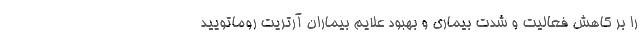
را بر کاهش فعالیت و شدت بیماری و بهبود علایم بیماران آرتریت روماتویید